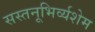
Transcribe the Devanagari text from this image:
सस्तनूभिर्व्यशेम